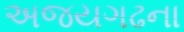
અજયગઢના